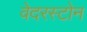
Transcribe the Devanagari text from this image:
वेदरस्‍टोन